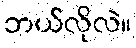
ဘယ်လိုလဲ။